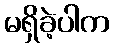
မရှိခဲ့ပါက